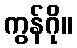
ကွန်ဂို။